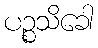
ပဉ္စသိခေါ